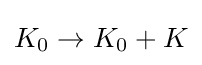
{\textstyle K_{0}\rightarrow K_{0}+K}